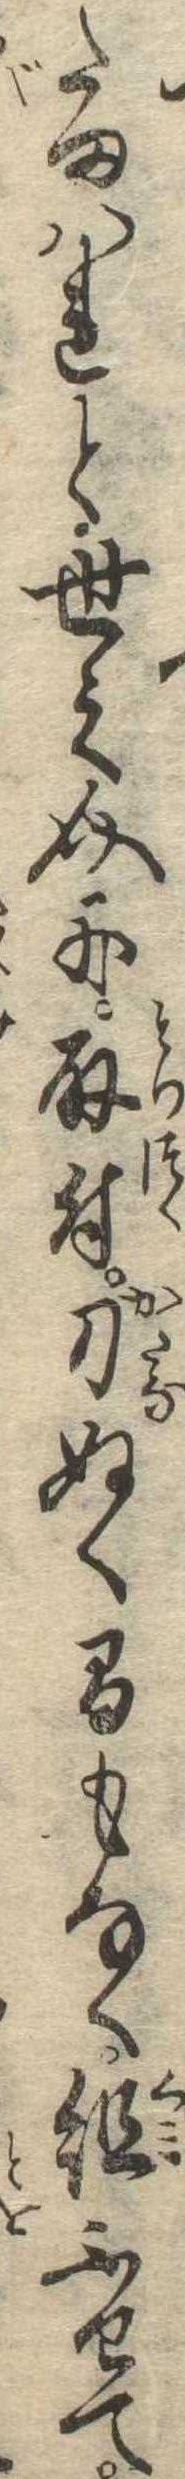
たまはれと世之介に取付刀ぬく間もなく組ふせて